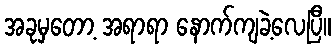
အခုမှတော့ အရာရာ နောက်ကျခဲ့လေပြီ။